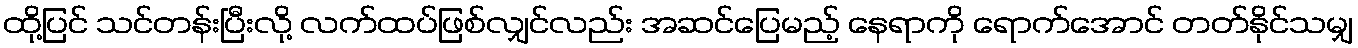
ထို့ပြင် သင်တန်းပြီးလို့ လက်ထပ်ဖြစ်လျှင်လည်း အဆင်ပြေမည့် နေရာကို ရောက်အောင် တတ်နိုင်သမျှ